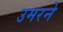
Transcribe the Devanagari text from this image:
उमरने